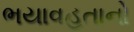
ભયાવહતાનો